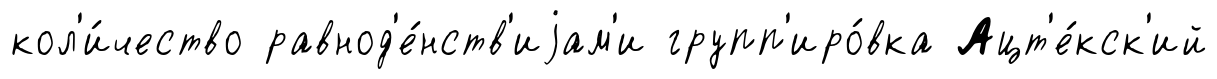
кол'и́чество равнод'е́нств'иjам'и групп'иро́вка Ацт'е́кск'ий